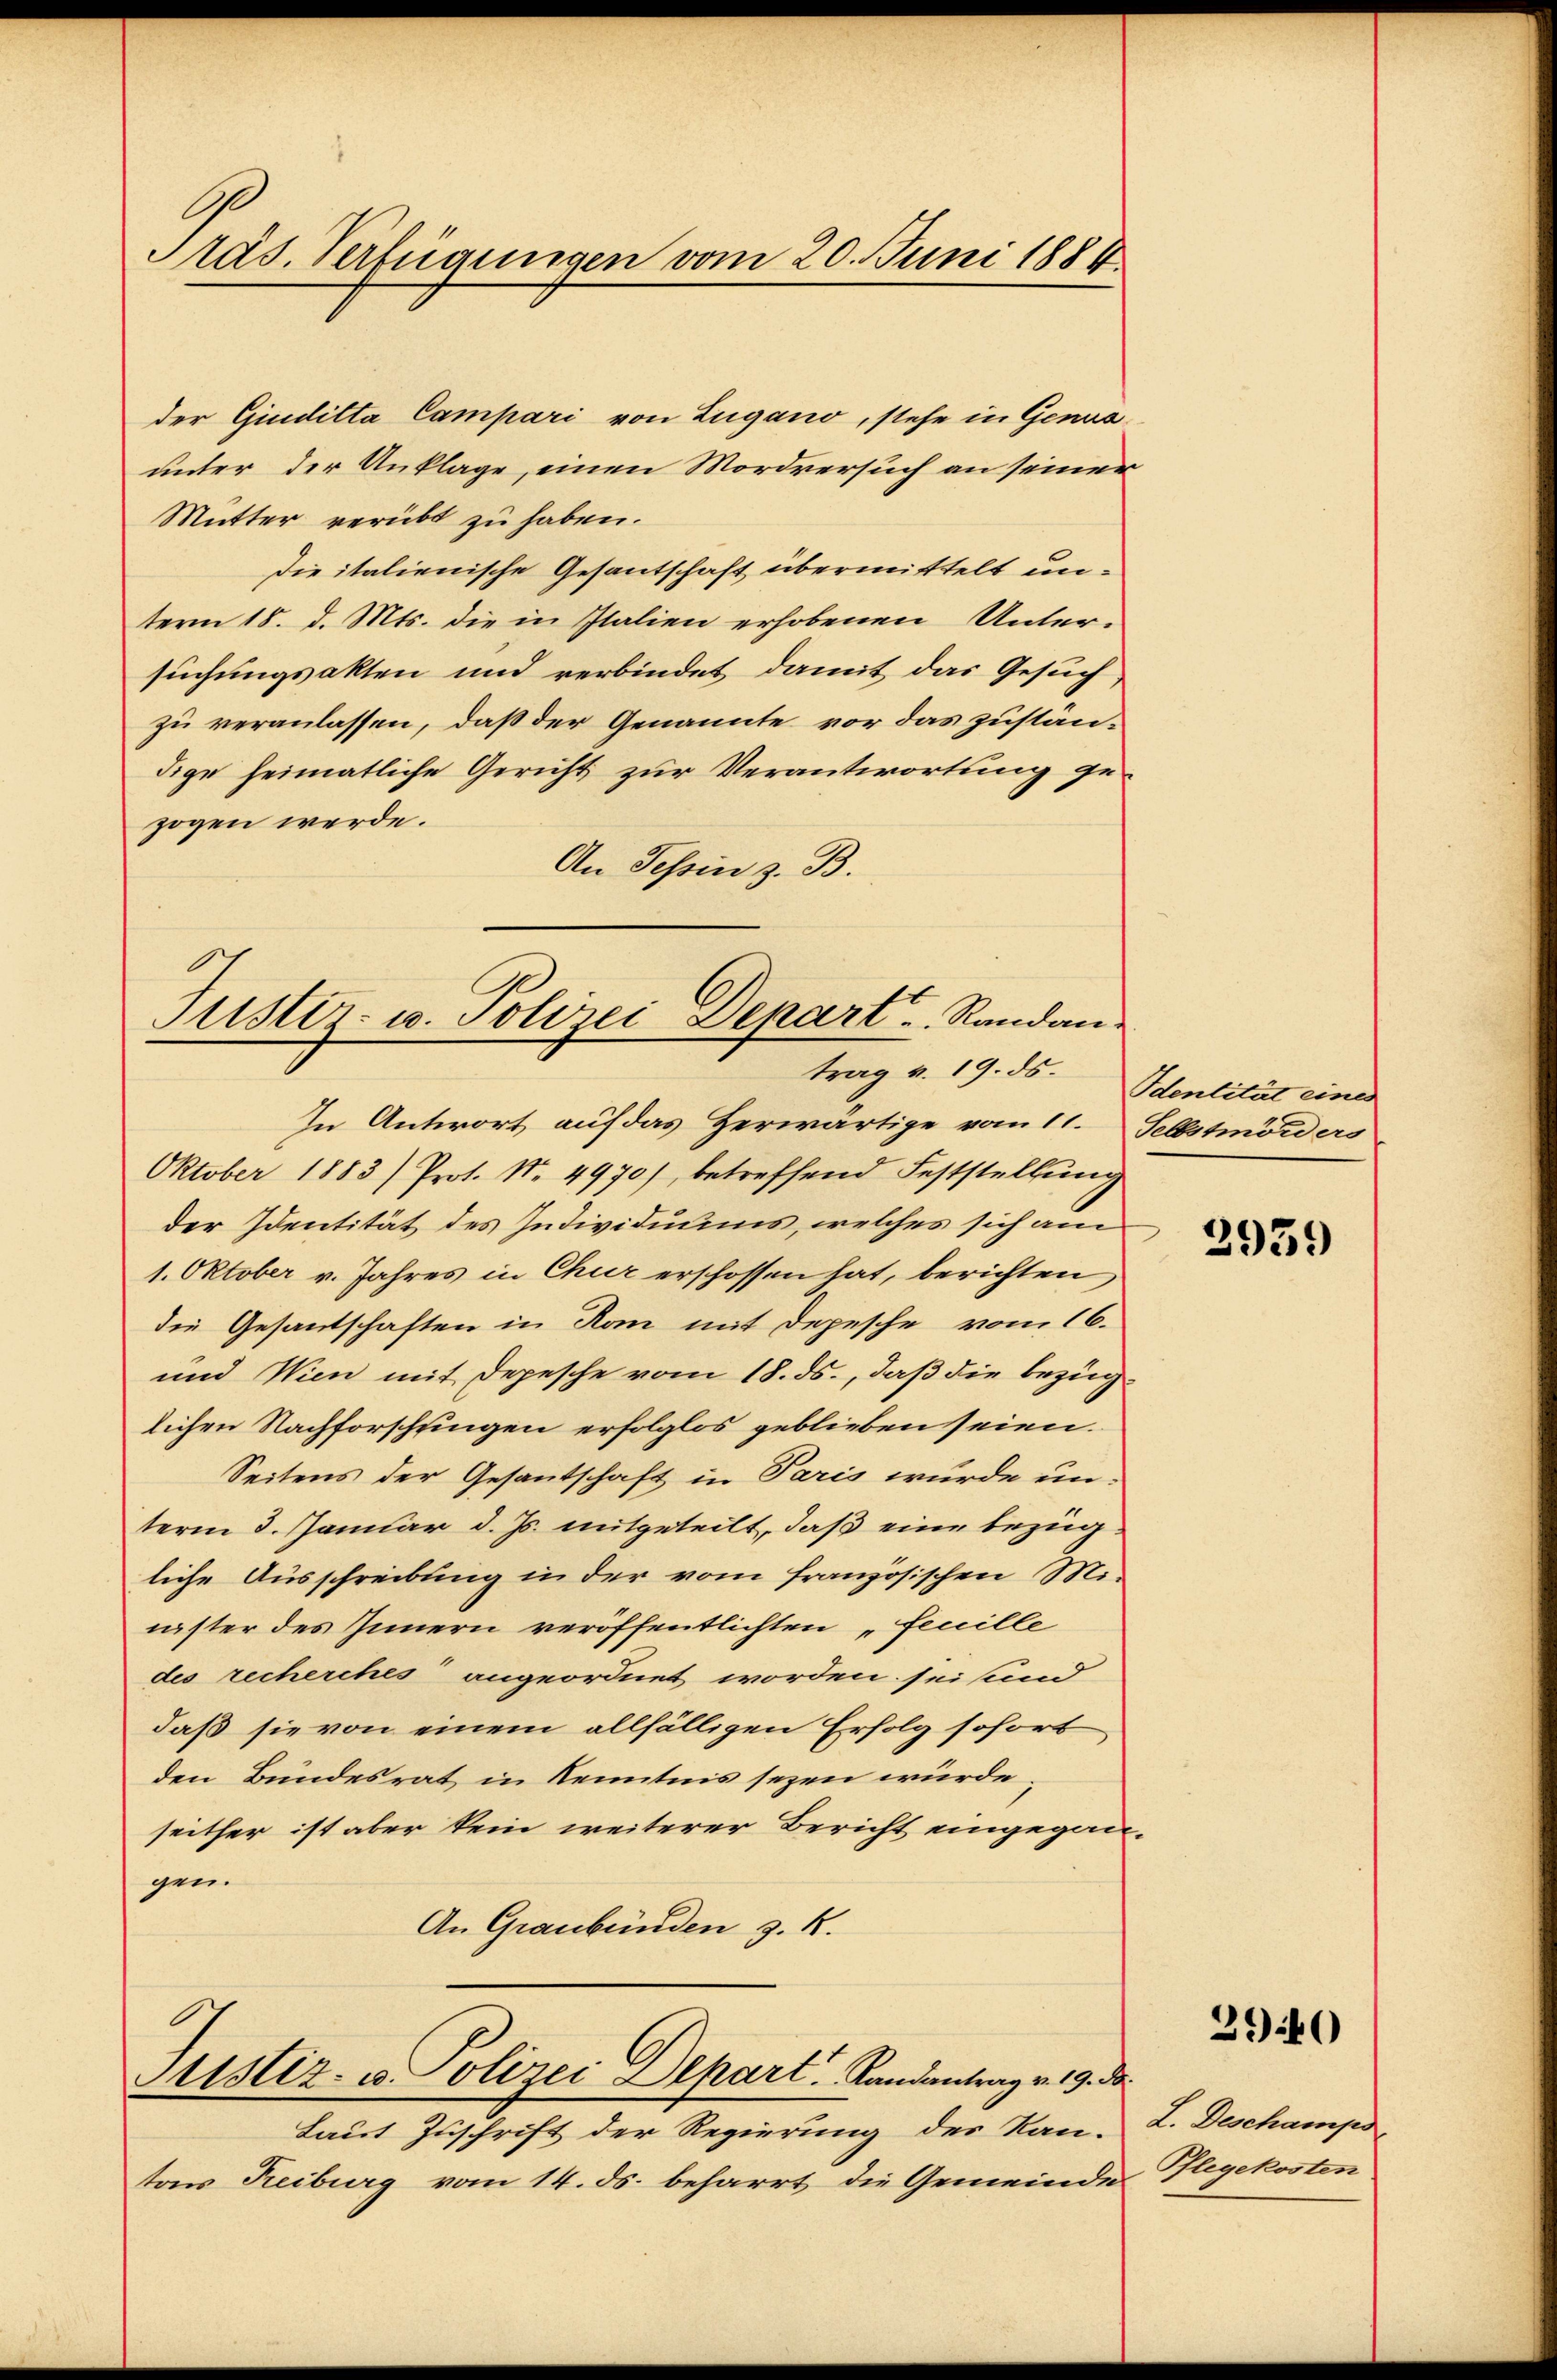
räs. Verfügungen vom 20. Juni 1884.

der Giudilta Campari von Lugano, stehe in Genus
unter der Anklage, einen Mordversuch an seiner
Mutter verübt zu haben.
Die italienische Gesantschaft übermittelt unterm 18. d. Mts. die in Italien erhobenen Unter-
suchungsakten und verbindet damit das Gesuch,
zu veranlassen, daß der Genannte vor das zustän-
dige heimatliche Gericht zur Verantwortung gezogen werde.
An Tessin z. B.

Justiz- u. Polizei Depart. Randantrag v. 19. ds. Identität eines

Stistiz- u. Polizei Depart. Landantrag v. 19. ds.

Laut Zuschrift der Regierung des Kan-L. Deschamps
tons Reiburg vom 14. ds. beharrt die Gemeinde

In Antwort auf das Herwärtige vom 11. Selbstmörders
Oktober 1883) Prot. Nr. 4970), betreffend Feststellŭng
der Identität des Individuums, welches sich am
1. Oktober v. Jahres in Chur erschossen hat, berichten,
die Gesandtschaften in Rom mit Depesche vom 16.
und Wien mit Depesche vom 18. ds., daß die Bezug
lichen Nachforschungen erfolglos geblieben seien.
Seitens der Gesantschaft in Paris wurde un-
term 3. Januar d. Js. mitgeteilt, daß eine Bezugliche Ausschreibung in der vom französischen Minister des Innern veröffentlichten „Feuille
des recherches angeordnet worden sei und
daß sie von einem allfälligen Erfolg sofort
den Bundesrat in Kenntnis sezen würde
seither ist aber kein weiterer Bericht eingegan-
gen.
An Graubünden z. R.

2959

3940

Pflegekosten.